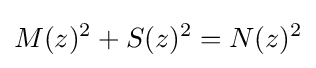
M(z)^{2}+S(z)^{2}=N(z)^{2}